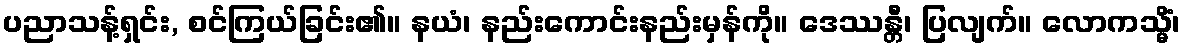
ပညာသန့်ရှင်း, စင်ကြယ်ခြင်း၏။ နယံ၊ နည်းကောင်းနည်းမှန်ကို။ ဒေဿန္တီ၊ ပြလျက်။ လောကသ္မိံ၊